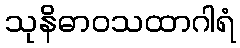
သုနိဓာဝသထာဂါရံ